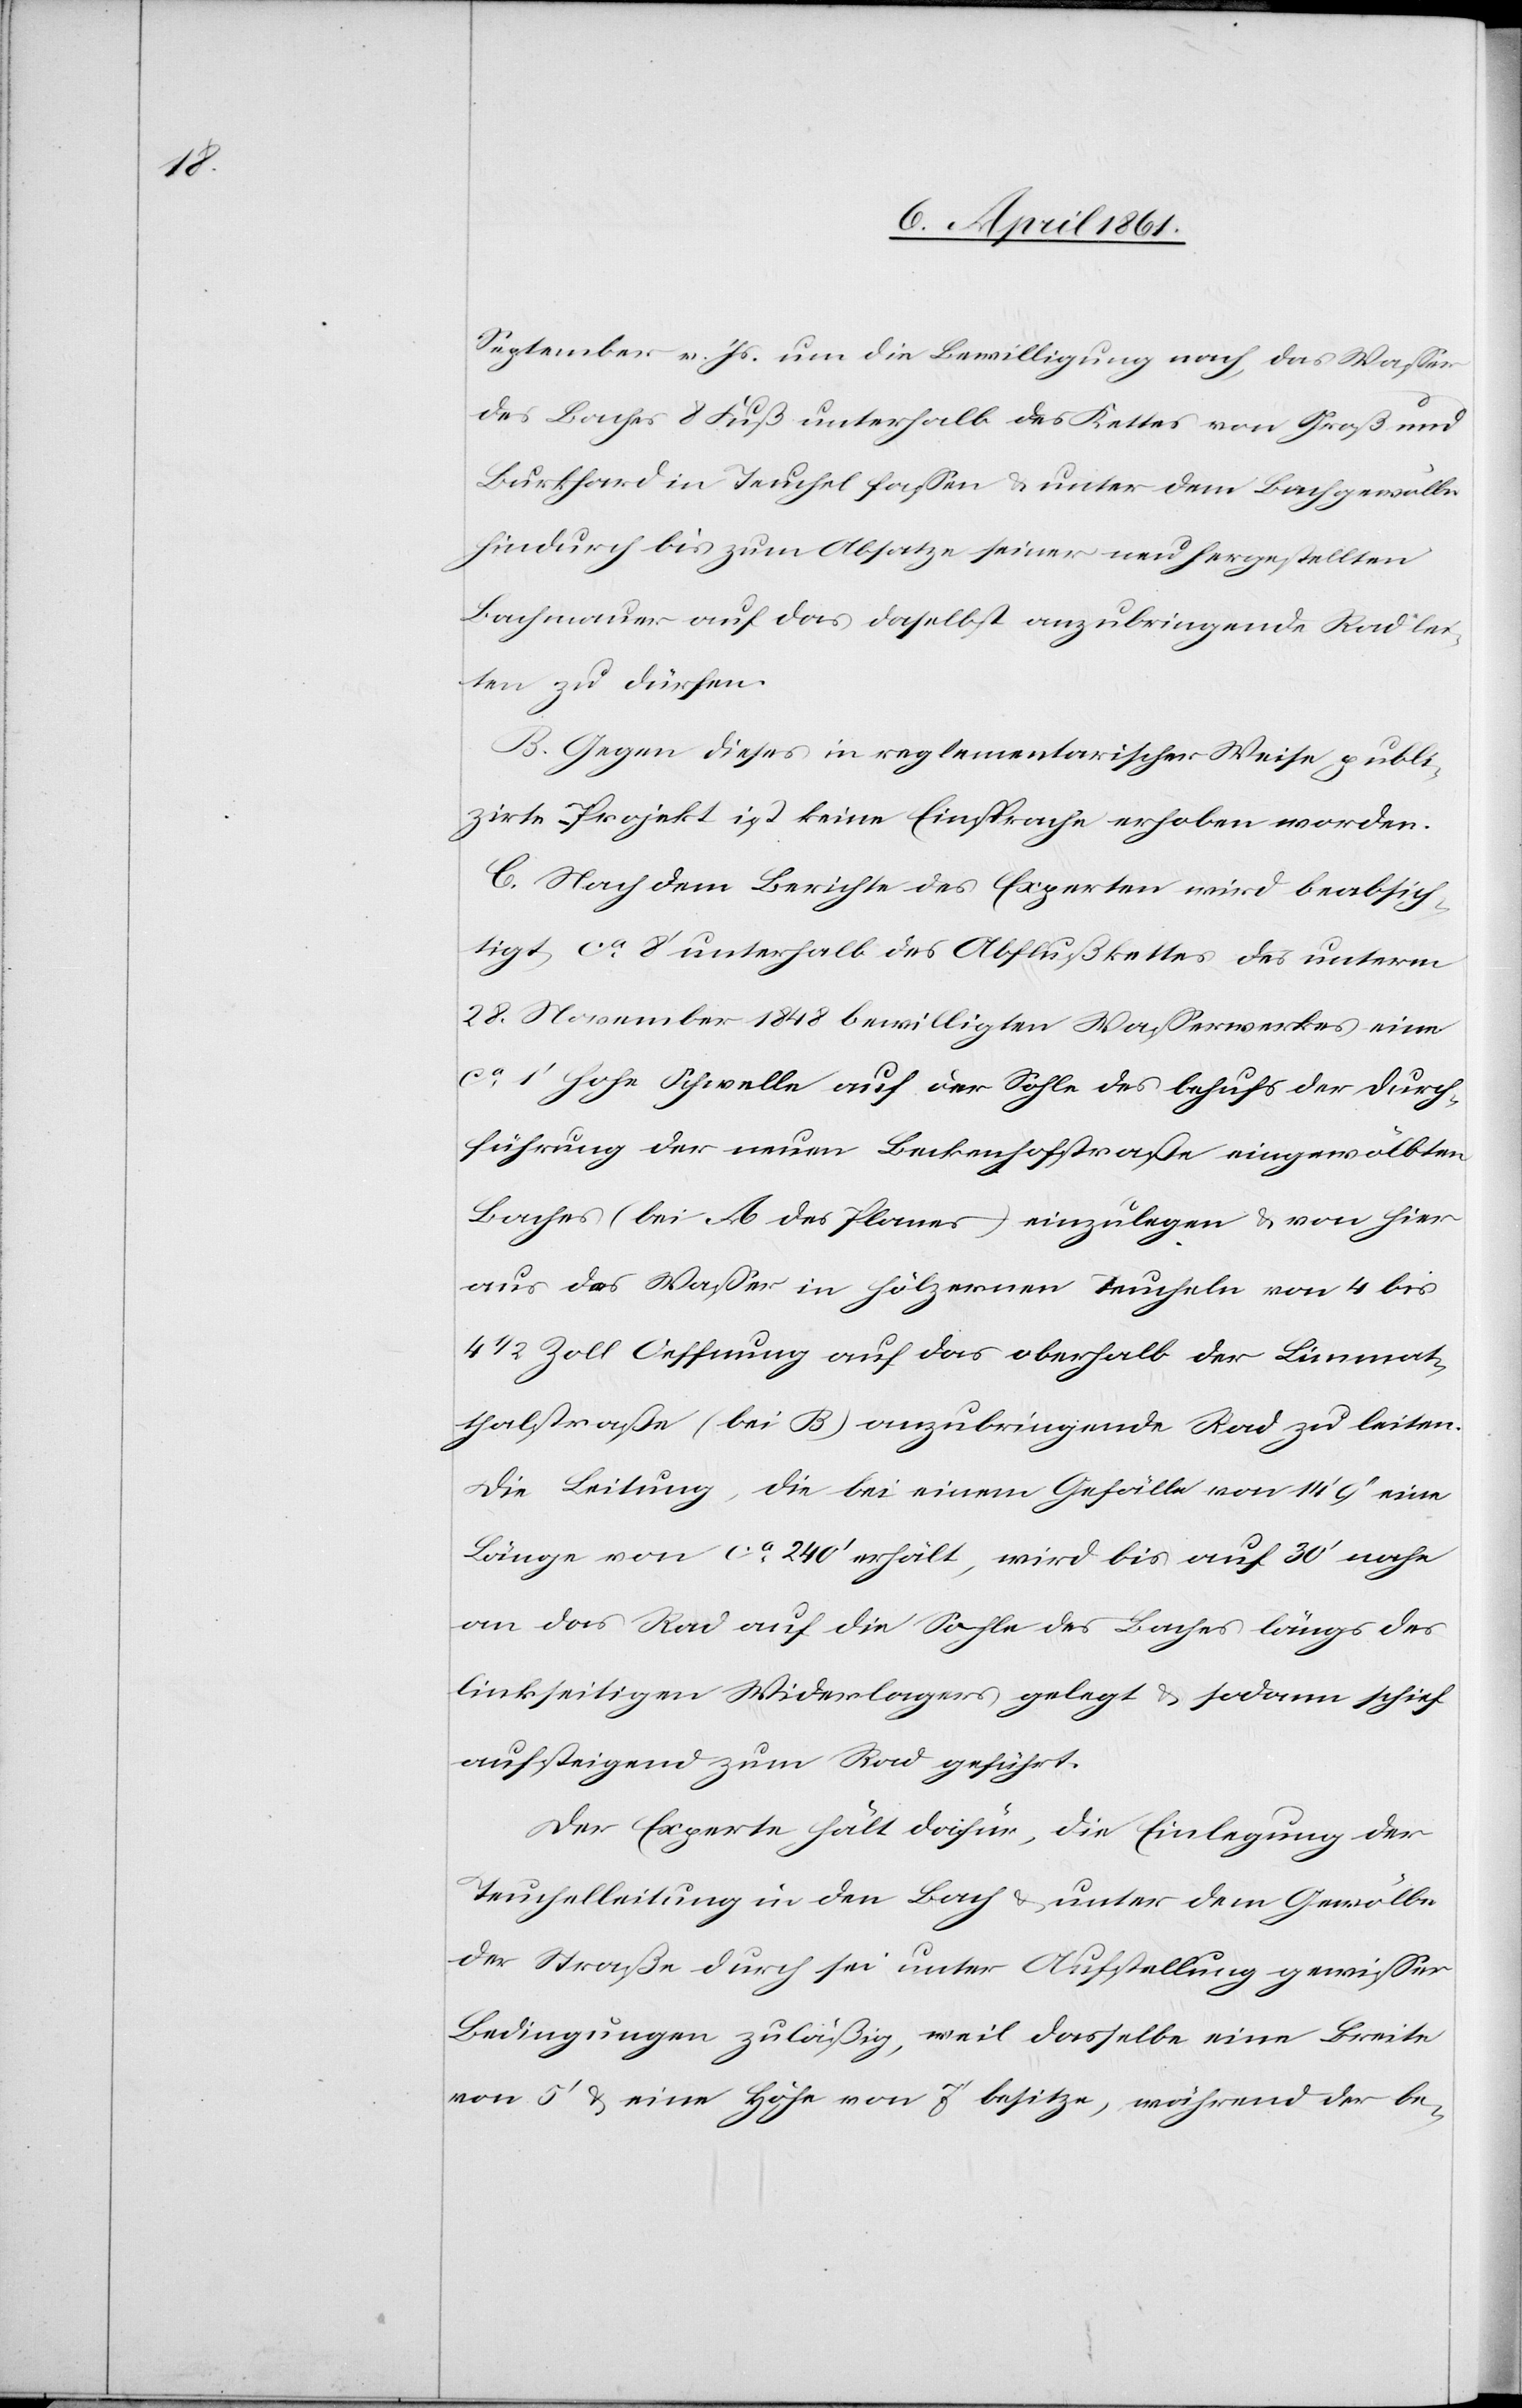
September v. Js. um die Bewilligung nach, das Wasser
des Baches 8 Fuß unterhalb des Kettes von Groß und
Burkhard in Teuchel fassen u. unter dem Bachgewölbe
hindurch bis zum Absatze seiner neu hergestellten
Bachmauer auf das daselbst anzubringende Rad lei¬
ten zu dürfen.
B. Gegen dieses in reglementarischer Weise publi¬
zirte Projekt ist keine Einsprache erhoben worden.
C. Nach dem Berichte des Experten wird beabsich¬
tigt ca 8’ unterhalb des Abflußkettes des unterm
28. November 1848 bewilligten Wasserwerkes eine
ca 1’ hohe Schwelle auf der Sohle des behufs der Durch¬
führung der neuen Beckenhofstraße eingewölbten
Baches (bei A des Planes) einzulegen u. von hier
aus das Wasser in hölzernen Teucheln von 4 bis
4 1/2 Zoll Oeffnung auf das oberhalb der Limmat¬
thalstraße (bei B) anzubringende Rad zu leiten.
Die Leitung, die bei einem Gefälle von 14’ 9’’ eine
Länge von ca 240’ erhält, wird bis auf 30’ nahe
an das Rad auf die Sohle des Baches längs des
linkseitigen Widerlagers gelegt u. sodann schief
aufsteigend zum Rad geführt.
Der Experte hält dafür, die Einlegung der
Teuchelleitung in den Bach u. unter dem Gewölbe
der Straße durch sei unter Aufstellung gewisser
Bedingungen zuläßig, weil dasselbe eine Breite
von 5’ u. eine Höhe von 7’ besitze, während der be-